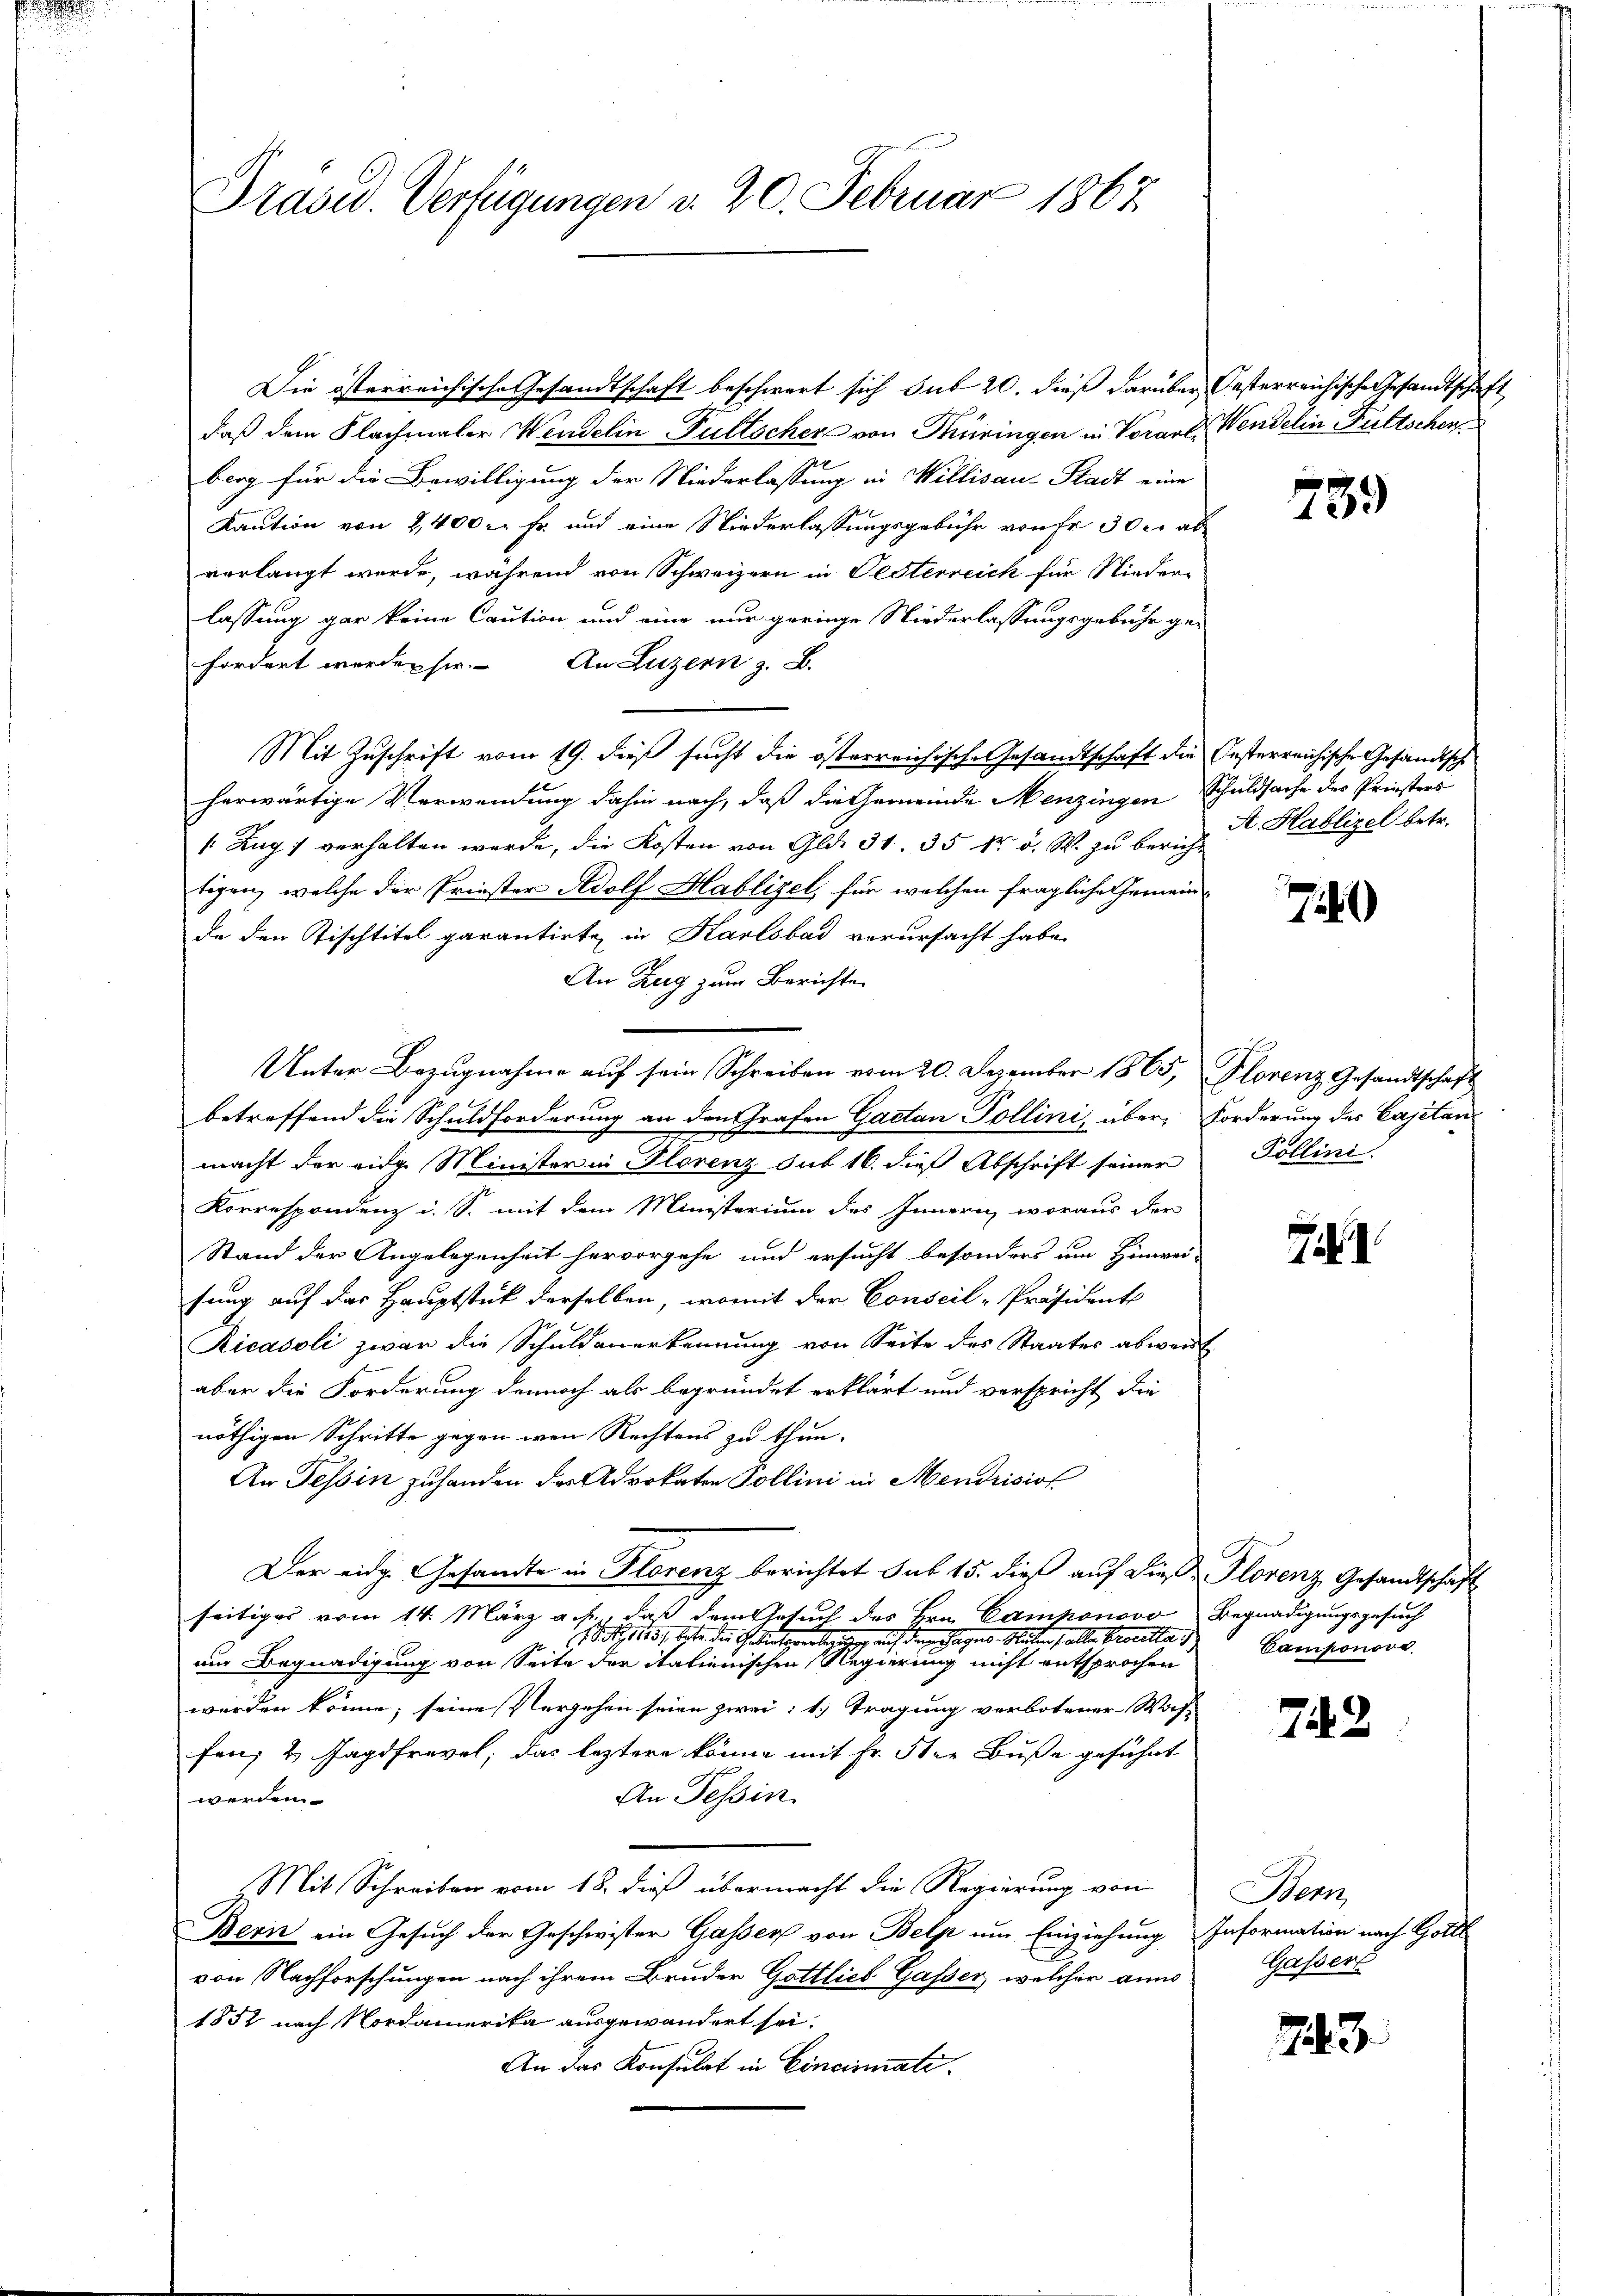
Präsid. Verfügungen d. 20. Februar 1867.

Die österreichische Gesandtschaft beschwert sich sub 20. dieß darüber, Oesterreichische Gesandtschaft
daß dem Flachmaler Wendelin Füllscher von Thüringen in Vorare. Wendelin Fultschenberg für die Bewilligung der Niederlassung in Willisau-Stadt eine
Kaution von 2,400 c. fr. und eine Niederlassungsgebühr von Fr. 300. abvorlangt wurde, während von Schweizern in Testerreich für Nieder-
lassung gar keine Caution und eine nur geringe Niederlassungsgebühr gefordert werden sie. An Luzern z. B.
Mit Zuschrift vom 19. dieß sucht die österreichische Gesandtschaft die Oesterreichische Gesandtsch
herwärtige Verwendung dahin nach, daß die Gemeinde Menzingen Schuldsache des Priesters
/Zug; verhalten werde, die Kosten von Gld. 31. 35 kr. v. W. zu bericht
tigen, welche der Priester Adolf Hablisel, für welchen fragliche Gemeinde den Tischtitel garantirte in Karlsbad verursacht habe.
An Zug zum Berichte
Unter Bezugnahme auf sein Schreiben vom 20. Dezember 1865, Plorenz Gesandtschaft
betreffend die Schuldforderung an den Grafen Gaetan Pollini, über Forderung des Cajetan
macht der eidg. Minister in Florenz sub 16. dieß Abschrift seiner Pollini-
Korrespondenz u. S. mit dem Ministerium des Innern, woraus der
Stand der Angelegenheit hervorgehe und ersucht besonders um Hinwei-
sung auf das Hauptstück derselben, womit der Conseil-Präsidents
Ricasoli zwar die Schuldanerkennung von Seite des Staates abwei
aber die Forderung dennoch als begründet erklärt und verspricht die
nöthigen Schritte gegen wenn Rechtens zu thun.
An Tessin zuhanden des Advokaten Pollini in Mendrisio
Der eidg. Gesandte in Florenz berichtet sub 15. dieβ aŭf die Florenz Gesandtschaft
seitiges vom 14. März a. f., daß dem Gesuch des Hrn. Camponovo Begnadigungsgesuch
18, 113, betr. die Geliefertiger auf dem Tages Reitens alle Brodella is
t.
um Begnadigung von Seite der italienischen Regierung nicht entsprochen
werden könne; seine Vergehen seien zwei: 1.) Tragung verbotener Woh-
fen; 4. Jagdfrevel, das leztere könne mit Fr. 3ter Buße geführt
An Tessin
werden.
Mit Schreiben vom 18. dieß übermacht die Regierung von
Bern ein Gesuch der Geschwister Gassers von Belp um Einziehung Information nach Gottl
von Nachforschungen nach ihrem Bruder Gattlieb Gasser, welcher ann
1852 nach Nordamerika ausgewandert sei.
An das Konsulat in Cincinati

A Hablizel betr.

739

7

71

Camponove

742

Wenn
Gassert

13